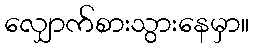
လျှောက်စားသွားနေမှာ။